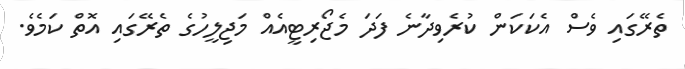
ތެރޭގައި ވެސް އެކަކަން ކުރެވިދާނެ ފަދަ މެޖޯރިޓީއެއް މަޖިލީހުގެ ތެރޭގައި އޮތް ކަމެވެ.